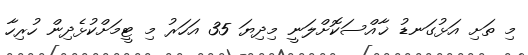
މި ތަށި އަޅުގަނޑު ޚާއްސަކޮށްލަނީ މިދިޔަ 35 އަހަރު މި ޓީމަށްކުޅެދިން ހުރިހާ